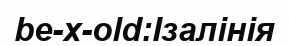
be-x-old:Ізалінія